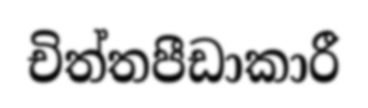
චිත්තපීඩාකාරී